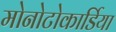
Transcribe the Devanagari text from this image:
मोनोटोकार्डिया